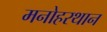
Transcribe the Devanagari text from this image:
मनोहरथान